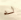
له